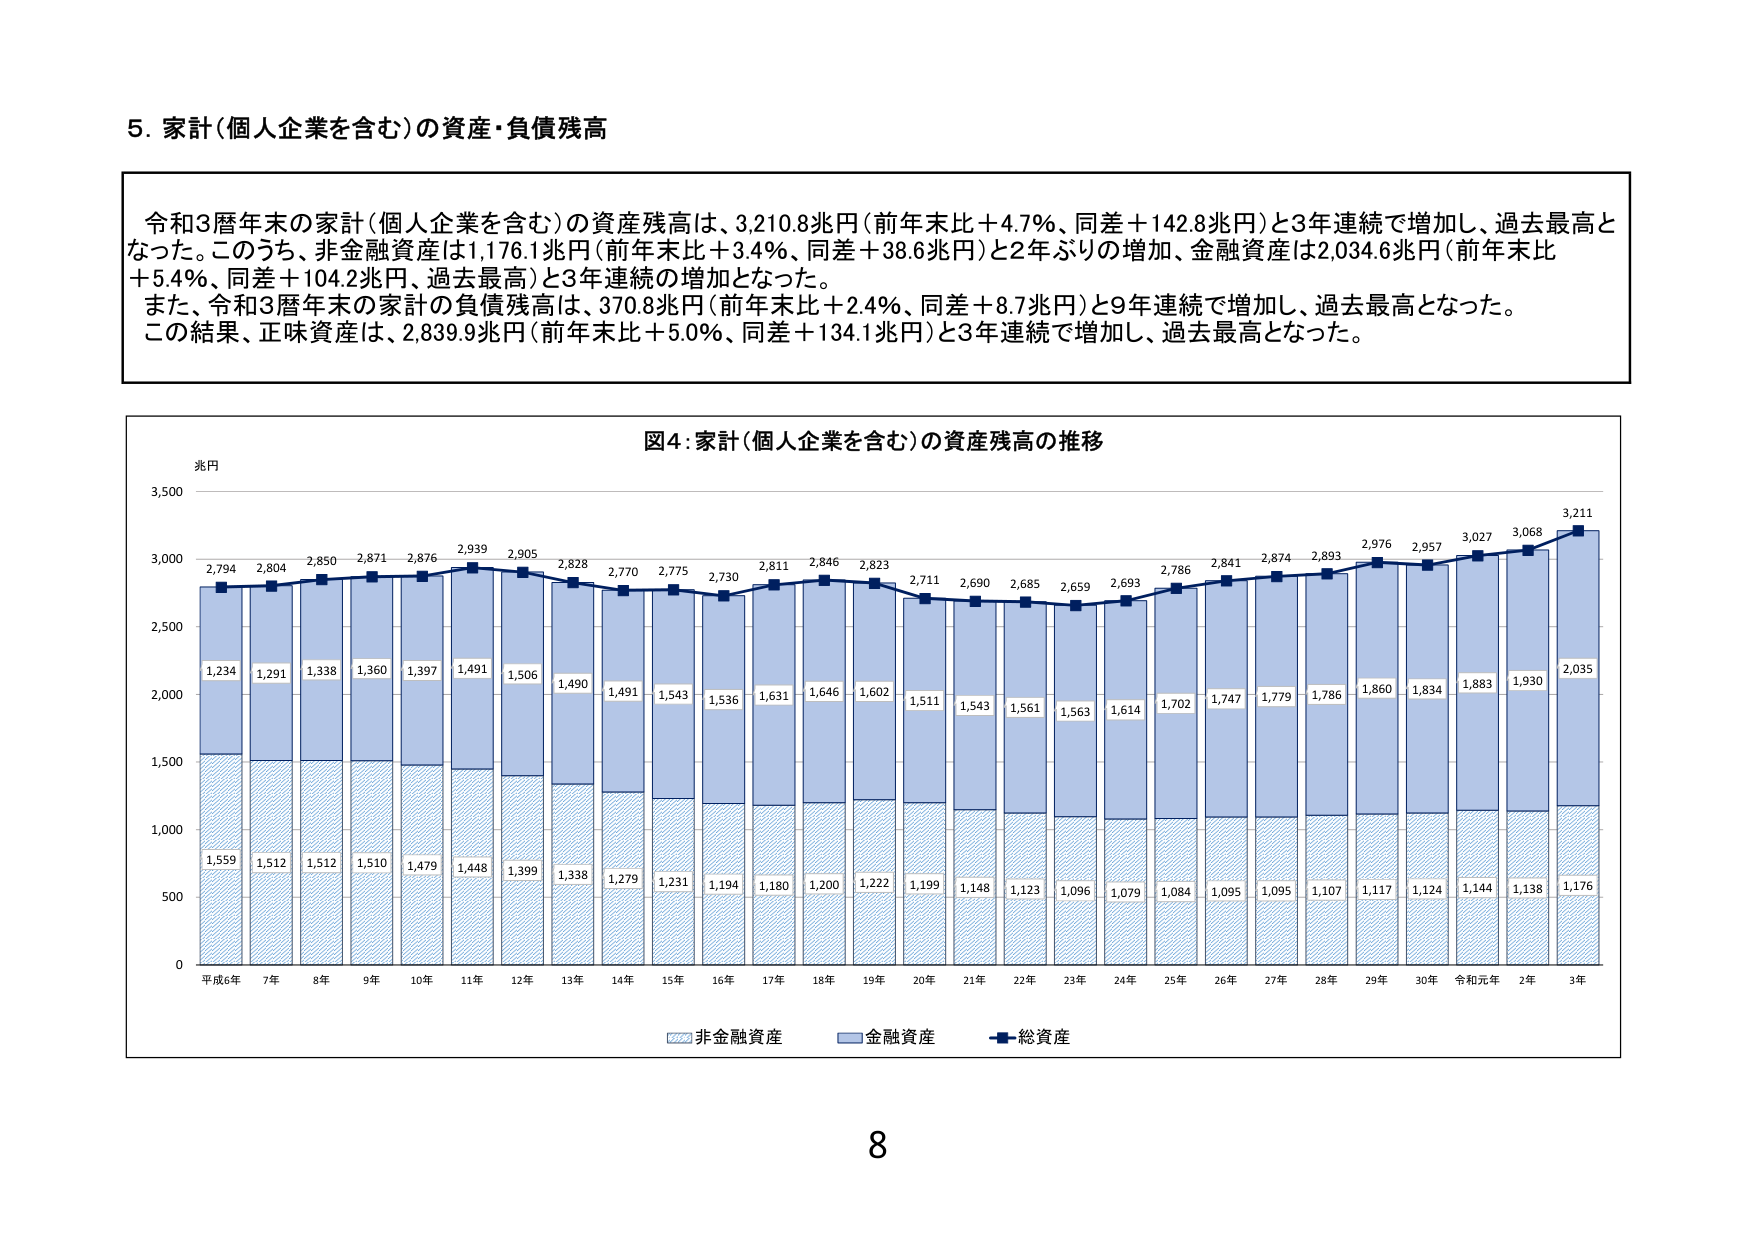
5. 家計（個人企業を含む）の資産・負債残高

令和3暦年末の家計（個人企業を含む）の資産残高は、3,210.8兆円（前年末比＋4.7％、同差＋142.8兆円）と3年連続で増加し、過去最高となった。このうち、非金融資産は1,176.1兆円（前年末比＋3.4％、同差＋38.6兆円）と2年ぶりの増加、金融資産は2,034.6兆円（前年末比＋5.4％、同差＋104.2兆円、過去最高）と3年連続の増加となった。
また、令和3暦年末の家計の負債残高は、370.8兆円（前年末比＋2.4％、同差＋8.7兆円）と9年連続で増加し、過去最高となった。
この結果、正味資産は、2,839.9兆円（前年末比＋5.0％、同差＋134.1兆円）と3年連続で増加し、過去最高となった。

図4：家計（個人企業を含む）の資産残高の推移

兆円
3,500
3,000
2,500
2,000
1,500
1,000
500
0

平成6年 7年 8年 9年 10年 11年 12年 13年 14年 15年 16年 17年 18年 19年 20年 21年 22年 23年 24年 25年 26年 27年 28年 29年 30年 令和元年 2年 3年

2,794 2,804 2,850 2,871 2,876 2,939 2,905 2,828 2,770 2,775 2,730 2,811 2,846 2,823 2,711 2,690 2,685 2,659 2,693 2,786 2,841 2,874 2,893 2,976 2,957 3,027 3,068 3,211

1,234 1,291 1,338 1,360 1,397 1,491 1,506 1,490 1,491 1,543 1,536 1,631 1,646 1,602 1,511 1,543 1,561 1,563 1,614 1,702 1,747 1,779 1,786 1,860 1,834 1,883 1,930 2,035

1,559 1,512 1,512 1,510 1,479 1,448 1,399 1,338 1,279 1,231 1,194 1,180 1,200 1,222 1,199 1,148 1,123 1,096 1,079 1,084 1,095 1,095 1,107 1,117 1,124 1,144 1,138 1,176

非金融資産 金融資産 総資産

8